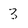
Character: 3